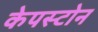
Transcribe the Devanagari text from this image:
केपस्टोन